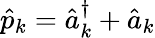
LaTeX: \hat{p}_{k}=\hat{a}_{k}^{\dagger}+\hat{a}_{k}